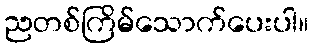
ညတစ်ကြိမ်သောက်ပေးပါ။